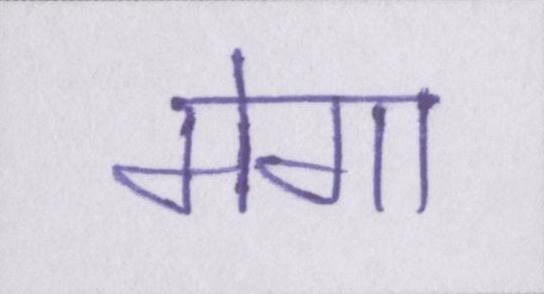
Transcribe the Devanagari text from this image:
मेगा